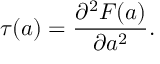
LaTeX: \tau ( a ) = { \frac { \partial ^ { 2 } { \cal F } ( a ) } { \partial a ^ { 2 } } } .